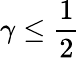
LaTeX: \gamma\leq{\frac{1}{2}}